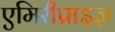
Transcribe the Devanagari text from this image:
एमिरीप्राइज़